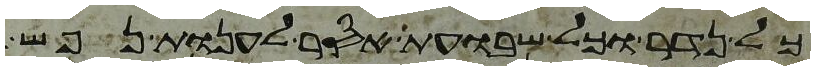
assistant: כל נדר וכל שבועת אסר לענות נפש